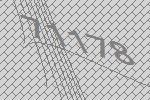
71178